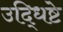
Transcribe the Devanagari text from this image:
उद्धिष्टे